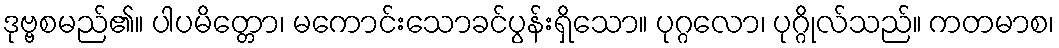
ဒုဗ္ဗစမည်၏။ ပါပမိတ္တော၊ မကောင်းသောခင်ပွန်းရှိသော။ ပုဂ္ဂလော၊ ပုဂ္ဂိုလ်သည်။ ကတမာစ၊